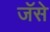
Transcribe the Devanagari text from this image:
जॅसे